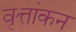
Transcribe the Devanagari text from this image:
वृत्तांकन